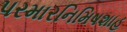
પરમારનિમિષશાહ